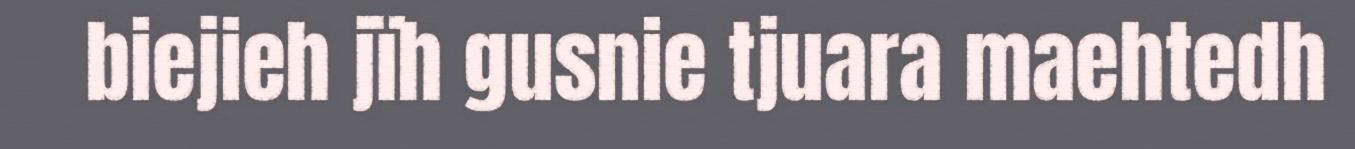
biejieh jïh gusnie tjuara maehtedh